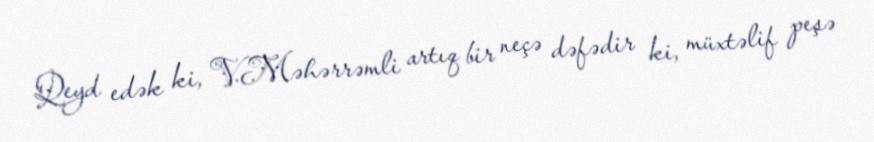
Qeyd edək ki, V.Məhərrəmli artıq bir neçə dəfədir ki, müxtəlif peşə